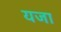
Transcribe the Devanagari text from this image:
यजा